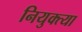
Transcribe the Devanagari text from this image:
नियुक्त्या